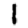
Digit: 1